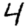
Digit: 4